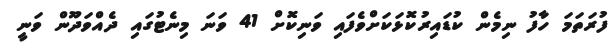
ފުރަތަމަ ހާފު ނިމެން ކުޑައިރުކޮޅަކަށްވެފައި ވަނިކޮށް 41 ވަނަ މިނެޓުގައި ދެއްވަދޫން ވަނީ